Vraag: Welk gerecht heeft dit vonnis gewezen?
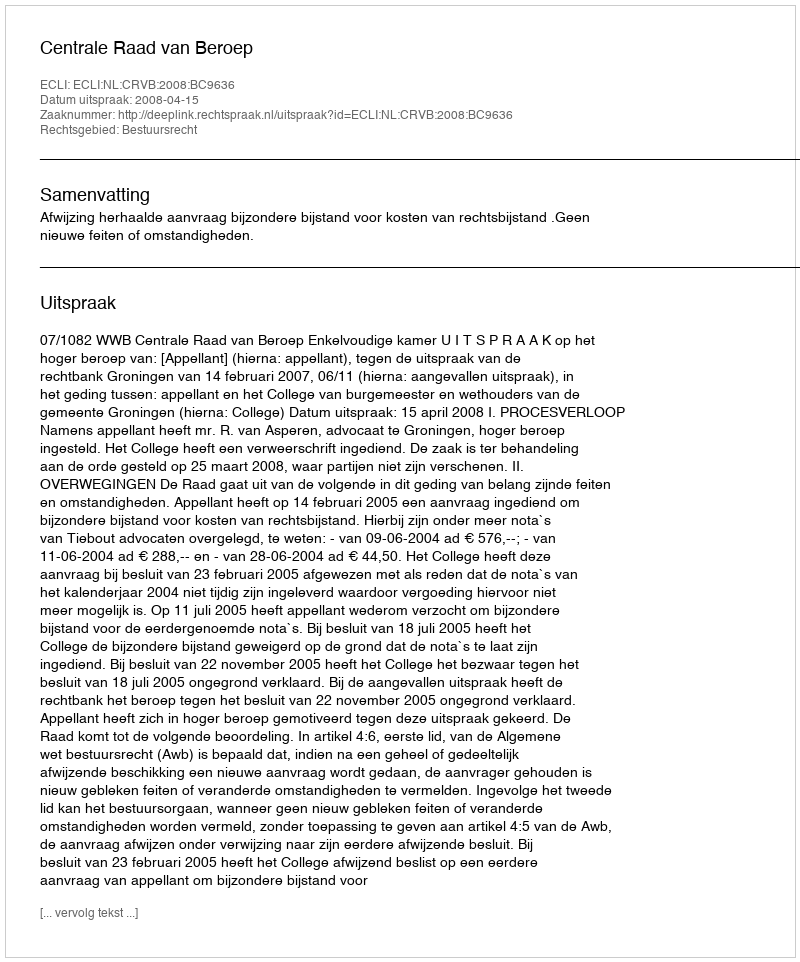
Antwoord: Centrale Raad van Beroep